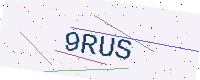
Text: 9RUS